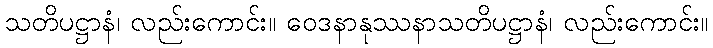
သတိပဋ္ဌာနံ၊ လည်းကောင်း။ ဝေဒနာနုဿနာသတိပဋ္ဌာနံ၊ လည်းကောင်း။